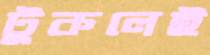
টুকলেই